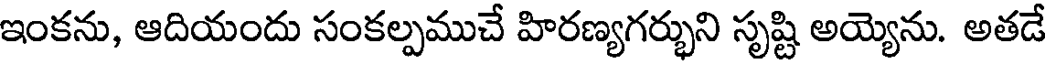
ఇంకను, ఆదియందు సంకల్పముచే హిరణ్యగర్భుని సృష్టి అయ్యెను. అతడే